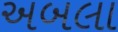
અબલા